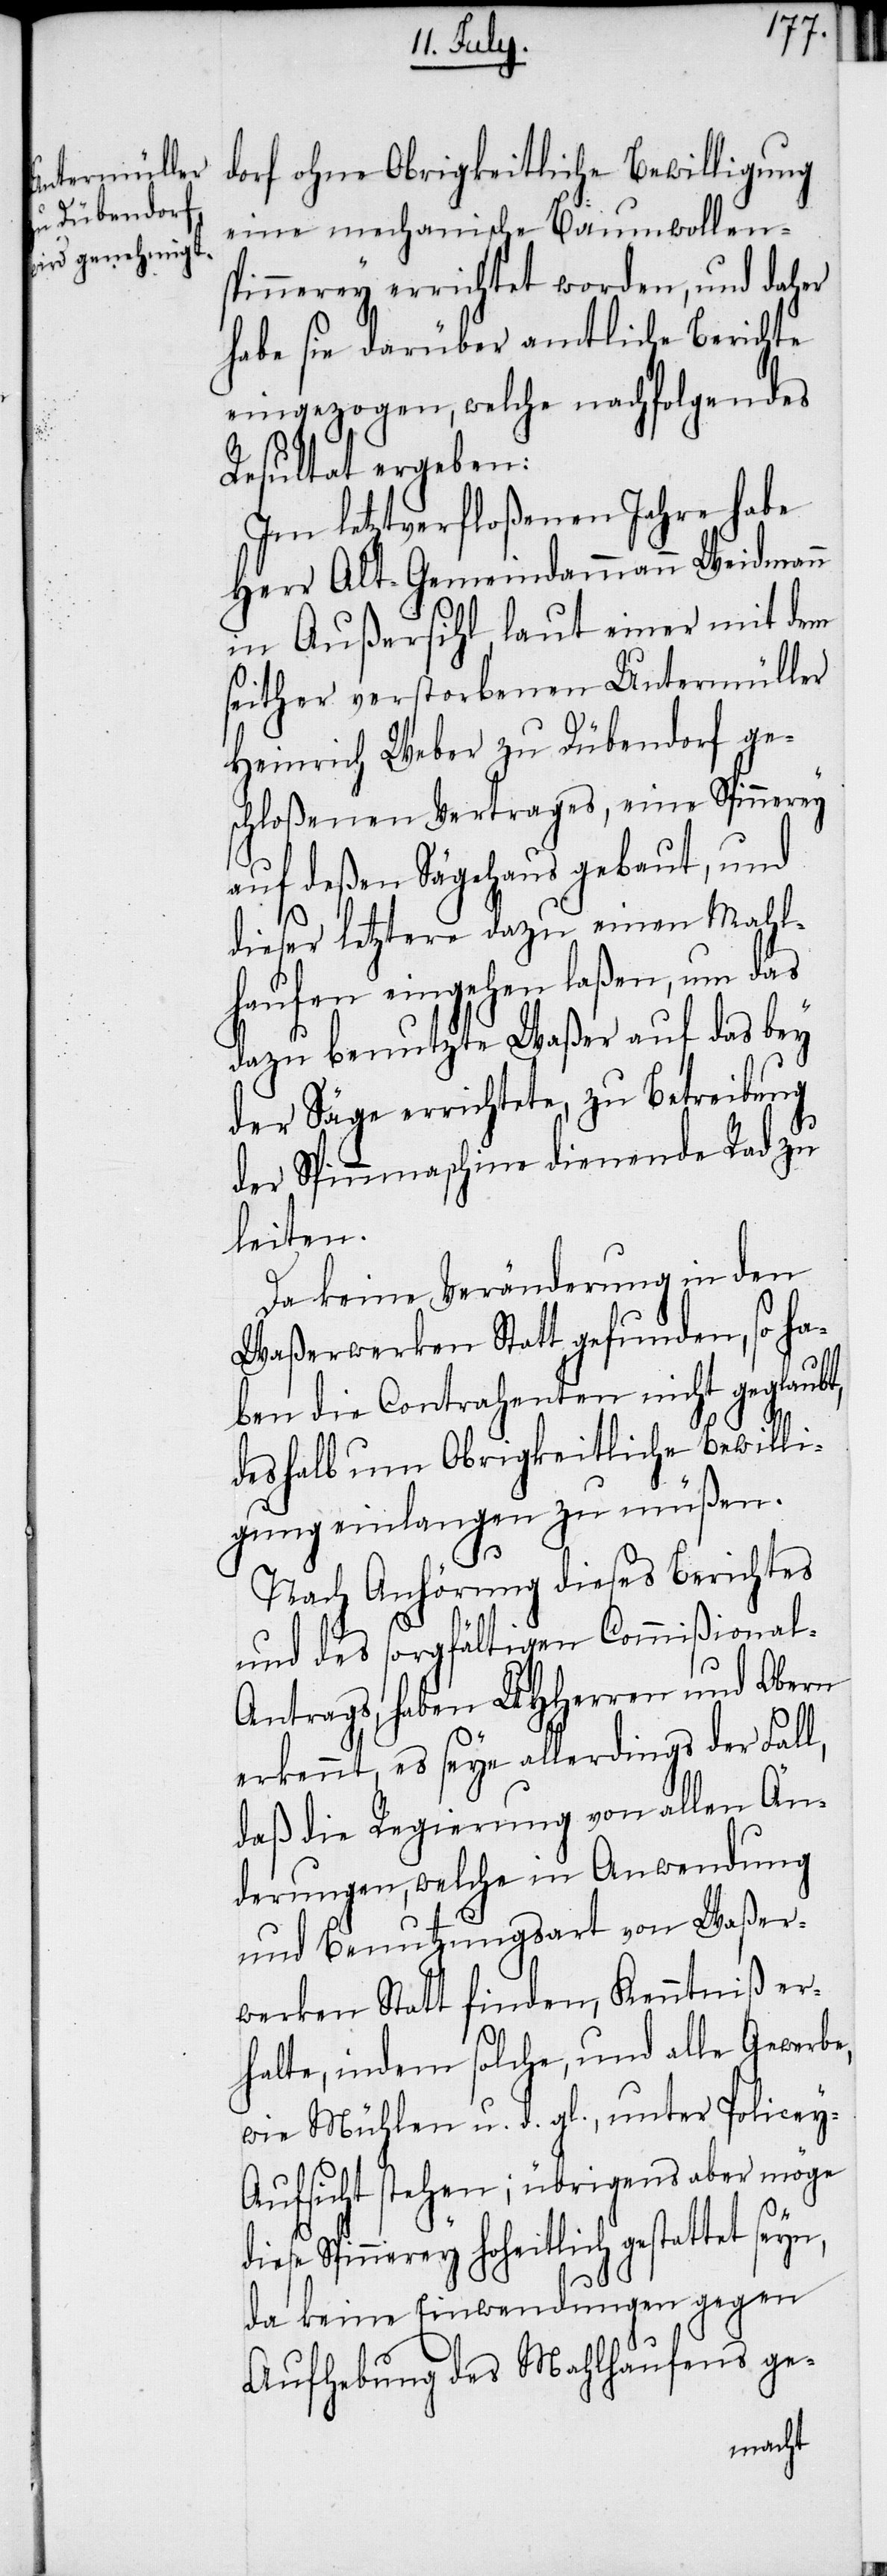
dorf ohne Obrigkeitliche Bewilligung
eine mechanische Baumwollens¬
pinnerey errichtet worden, und daher
habe sie darüber amtliche Berichte
eingezogen, welche nachfolgendes
Resultat ergeben:
Im letztverfloßenen Jahre habe
Herr Alt-Gemeindammann Weidmann
in Außersihl, laut einer mit dem
seither verstorbenen Untermüller
Heinrich Weber zu Dübendorf ge¬
schloßenen Vertrages, eine Spinnerey
auf deßen Sägehaus gebaut, und
dieser letztere dazu einen Mahl¬
haufen eingehen laßen, um das
dazu benutzte Waßer auf das bey
der Säge errichtete, zu Betreibung
der Spinnmaschine dienende Rad zu
leiten.
Da keine Veränderung in den
Waßerwerken Statt gefunden, so ha¬
ben die Contrahenten nicht geglaubt,
deshalb um Obrigkeitliche Bewilli¬
gung einlangen zu müßen.
Nach Anhörung dieses Berichtes
und des sorgfältigen Commißiona¬
l-Antrages, haben UHHerren und Obern
erkennt, es seye allerdings der Fall,
daß die Regierung von allen Än¬
derungen, welche in Anwendung
und Benutzungsart von Waßer¬
werken Statt finden, Kenntniß er¬
halte, indem solche, und alle Gewerbe,
wie Mühlen u. d. gl., unter Policey-A¬
ufsicht stehen; übrigens aber möge
Spinnerey hoheitlich gestattet seyn,
da keine Einwendungen gegen
Aufhebung des Mahlhaufens ge-